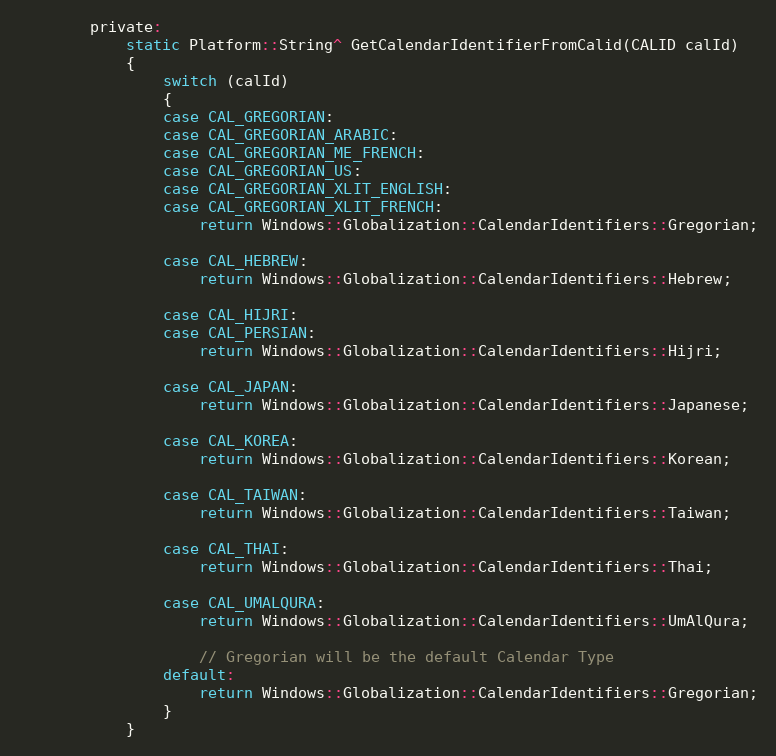
Language: C
        private:
            static Platform::String^ GetCalendarIdentifierFromCalid(CALID calId)
            {
                switch (calId)
                {
                case CAL_GREGORIAN:
                case CAL_GREGORIAN_ARABIC:
                case CAL_GREGORIAN_ME_FRENCH:
                case CAL_GREGORIAN_US:
                case CAL_GREGORIAN_XLIT_ENGLISH:
                case CAL_GREGORIAN_XLIT_FRENCH:
                    return Windows::Globalization::CalendarIdentifiers::Gregorian;

                case CAL_HEBREW:
                    return Windows::Globalization::CalendarIdentifiers::Hebrew;

                case CAL_HIJRI:
                case CAL_PERSIAN:
                    return Windows::Globalization::CalendarIdentifiers::Hijri;

                case CAL_JAPAN:
                    return Windows::Globalization::CalendarIdentifiers::Japanese;

                case CAL_KOREA:
                    return Windows::Globalization::CalendarIdentifiers::Korean;

                case CAL_TAIWAN:
                    return Windows::Globalization::CalendarIdentifiers::Taiwan;

                case CAL_THAI:
                    return Windows::Globalization::CalendarIdentifiers::Thai;

                case CAL_UMALQURA:
                    return Windows::Globalization::CalendarIdentifiers::UmAlQura;

                    // Gregorian will be the default Calendar Type
                default:
                    return Windows::Globalization::CalendarIdentifiers::Gregorian;
                }
            }